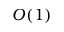
O ( 1 )